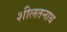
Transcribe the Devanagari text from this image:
शीलतनाथ